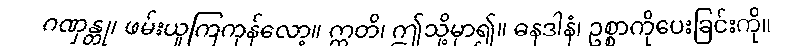
ဂဏှန္တု၊ ဖမ်းယူကြကုန်လော့။ ဣတိ၊ ဤသို့မှာ၍။ ဓနဒါနံ၊ ဥစ္စာကိုပေးခြင်းကို။